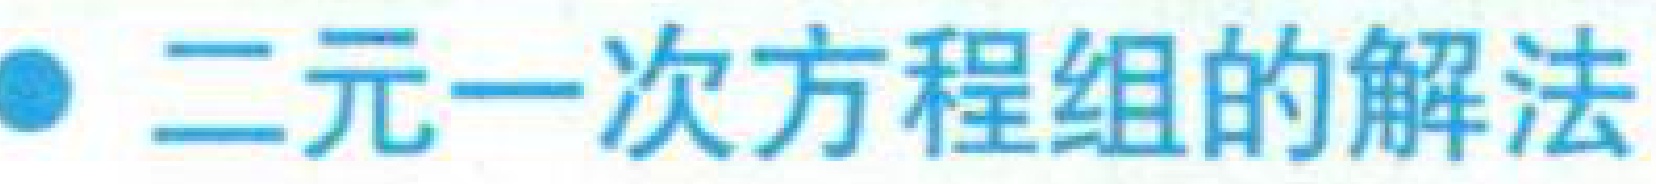
● 二元一次方程组的解法